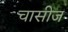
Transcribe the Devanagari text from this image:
चासीज